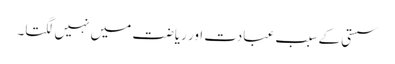
سستی کے سبب عبادت اور ریاضت میں نہیں لگتا۔